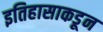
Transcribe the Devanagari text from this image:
इतिहासाकडून